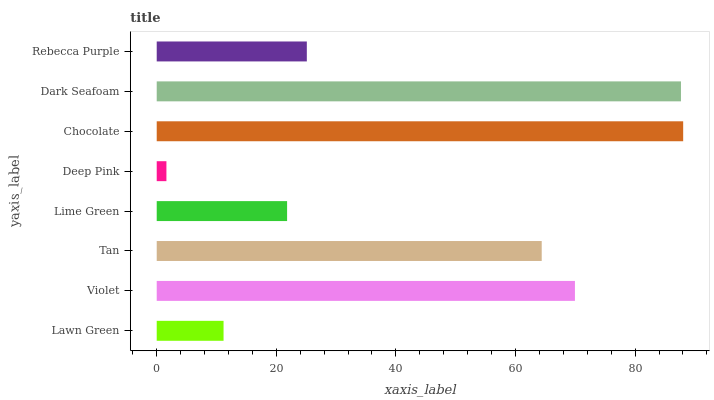
| yaxis_label | bars |
 | --- | --- |
 | Lawn Green | 11.2 |
 | Violet | 69.9 |
 | Tan | 64.4 |
 | Lime Green | 21.8 |
 | Deep Pink | 1.62 |
 | Chocolate | 88 |
 | Dark Seafoam | 87.7 |
 | Rebecca Purple | 25.1 |